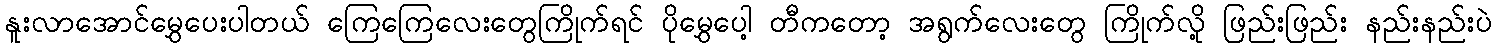
နူးလာအောင်မွှေပေးပါတယ် ကြေကြေလေးတွေကြိုက်ရင် ပိုမွှေပေါ့ တီကတော့ အရွက်လေးတွေ ကြိုက်လို့ ဖြည်းဖြည်း နည်းနည်းပဲ